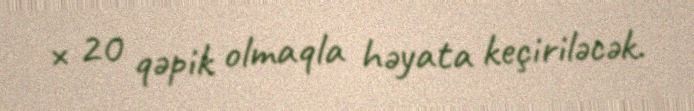
× 20 qəpik olmaqla həyata keçiriləcək.